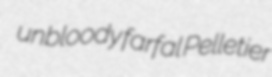
unbloody farfal Pelletier